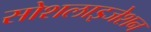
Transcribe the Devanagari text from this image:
सोशलाइजेशन